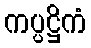
ကပ္ပဋ္ဌိကံ